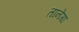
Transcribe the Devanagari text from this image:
तानेगा